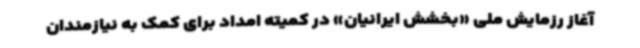
آغاز رزمایش ملی «بخشش ایرانیان» در کمیته امداد برای کمک به نیازمندان